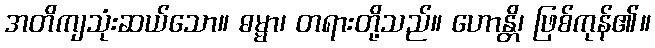
အတိကျသုံးဆယ်သော။ ဓမ္မာ၊ တရားတို့သည်။ ဟောန္တိ၊ ဖြစ်ကုန်၏။